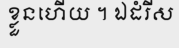
ខ្លួនហើយ ។ ឯដំរីស